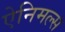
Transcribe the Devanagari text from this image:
ऐनिमल्स